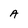
Character: A